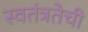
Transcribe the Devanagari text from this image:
स्वतंत्रतेची